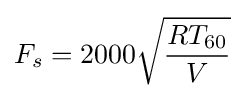
F_{s}=2000{\sqrt {\frac {RT_{60}}{V}}}